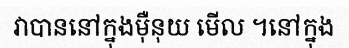
វាបាននៅក្នុងម៉ឺនុយ មើល ។នៅក្នុង